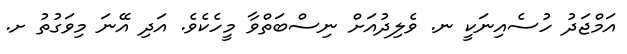
އަމްޖަދު ހުސެއިނަކީ ނ. ވެލިދުއަށް ނިސްބަތްވާ މީހެކެވެ. އަދި އޭނަ މިވަގުތު ށ.